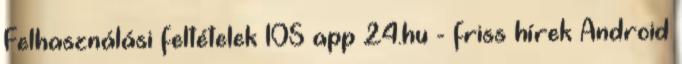
Felhasználási feltételek IOS app 24.hu - friss hírek Android